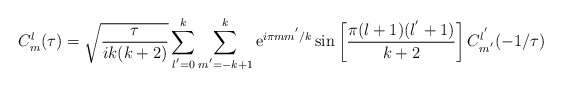
\begin{align*}C^{l}_{m}(\tau)=\sqrt{\frac{\tau}{ik(k+2)}}\sum_{l^{'}=0}^{k}\sum_{m^{'}=-k+1}^{k}{\rm e}^{i\pi mm^{'}/k}\sin\left[\frac{\pi(l+1)(l^{'}+1)}{k+2}\right]C^{l^{'}}_{m^{'}}(-1/\tau)\end{align*}